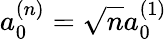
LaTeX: a_{0}^{(n)}=\sqrt{n}a_{0}^{(1)}